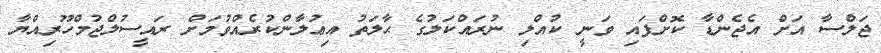
ޖަލްސާ އަށް އެޖެންޑާ ކޮށްފައި ވަނީ ކުއްލި ނުރައްކަލުގެ ޙާލަތު އިޢުލާންކުރެއްވުމަށް ރައީސުލްޖުމްހޫރިއްޔާ